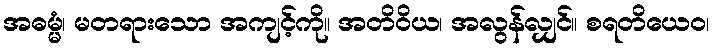
အဓမ္မံ၊ မတရားသော အကျင့်ကို။ အတိဝိယ၊ အလွန်လျှင်။ စရတိယေဝ၊